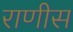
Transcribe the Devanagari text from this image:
राणीस